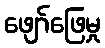
ဖျော်ဖြေမှု